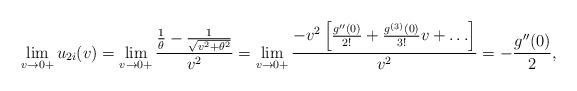
LaTeX: \begin{align*} \lim_{v\rightarrow 0+}u_{2i}(v) &= \lim_{v\rightarrow 0+}\frac{\frac{1}{\theta}-\frac{1}{\sqrt{v^2+\theta^2}}}{v^{2}} = \lim_{v\rightarrow 0+}\frac{-v^2\left[\frac{g''(0)}{2!}+\frac{g^{(3)}(0)}{3!}v+\ldots\right]}{v^2} = -\frac{g''(0)}{2}, \end{align*}